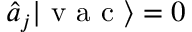
\hat { a } _ { j } | \textrm { v a c } \rangle = 0